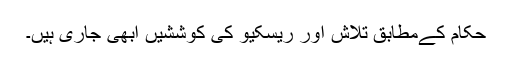
حکام کےمطابق تلاش اور ریسکیو کی کوششیں ابھی جاری ہیں۔